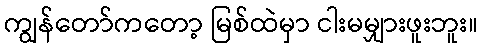
ကျွန်တော်ကတော့ မြစ်ထဲမှာ ငါးမမျှားဖူးဘူး။